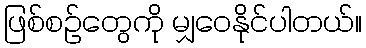
ဖြစ်စဉ်တွေကို မျှဝေနိုင်ပါတယ်။